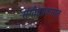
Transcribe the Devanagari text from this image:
संगीतप्रकारात